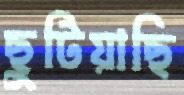
ছুটিয়াছি